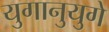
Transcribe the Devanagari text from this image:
युगानुयुगे